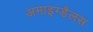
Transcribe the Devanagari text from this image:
अमाइग्डैलस